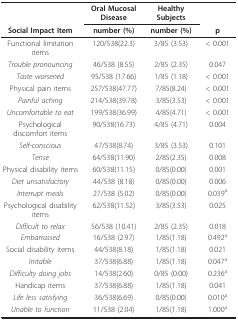
<table><thead><tr><td></td><td><b>Oral Mucosal Disease</b></td><td><b>Healthy Subjects</b></td><td></td></tr><tr><td><b>Social Impact Item</b></td><td><b>number (%)</b></td><td><b>number (%)</b></td><td><b>p</b></td></tr></thead><tbody><tr><td>Functional limitation items</td><td>120/538(22.3)</td><td>3/85 (3.53)</td><td>&lt; 0.001</td></tr><tr><td><i>Trouble pronouncing</i></td><td>46/538 (8.55)</td><td>2/85 (2.35)</td><td>0.047</td></tr><tr><td><i>Taste worsened</i></td><td>95/538 (17.66)</td><td>1/85 (1.18)</td><td>&lt; 0.001</td></tr><tr><td>Physical pain items</td><td>257/538(47.77)</td><td>7/85(8.24)</td><td>&lt; 0.001</td></tr><tr><td><i>Painful aching</i></td><td>214/538(39.78)</td><td>3/85(3.53)</td><td>&lt; 0.001</td></tr><tr><td><i>Uncomfortable to eat</i></td><td>199/538(36.99)</td><td>4/85(4.71)</td><td>&lt; 0.001</td></tr><tr><td>Psychological discomfort items</td><td>90/538(16.73)</td><td>4/85 (4.71)</td><td>0.004</td></tr><tr><td><i>Self-conscious</i></td><td>47/538(8.74)</td><td>3/85 (3.53)</td><td>0.101</td></tr><tr><td><i>Tense</i></td><td>64/538(11.90)</td><td>2/85(2.35)</td><td>0.008</td></tr><tr><td>Physical disability items</td><td>60/538(11.15)</td><td>0/85(0.00)</td><td>0.001</td></tr><tr><td><i>Diet unsatisfactory</i></td><td>44/538 (8.18)</td><td>0/85(0.00)</td><td>0.006</td></tr><tr><td><i>Interrupt meals</i></td><td>27/538 (5.02)</td><td>0/85(0.00)</td><td>0.039<sup>a</sup></td></tr><tr><td>Psychological disability items</td><td>62/538(11.52)</td><td>3/85(3.53)</td><td>0.025</td></tr><tr><td><i>Difficult to relax</i></td><td>56/538 (10.41)</td><td>2/85 (2.35)</td><td>0.018</td></tr><tr><td><i>Embarrassed</i></td><td>16/538 (2.97)</td><td>1/85(1.18)</td><td>0.492<sup>a</sup></td></tr><tr><td>Social disability items</td><td>44/538(8.18)</td><td>1/85(1.18)</td><td>0.021</td></tr><tr><td><i>Irritable</i></td><td>37/538(6.88)</td><td>1/85(1.18)</td><td>0.047<sup>a</sup></td></tr><tr><td><i>Difficulty doing jobs</i></td><td>14/538(2.60)</td><td>0/85 (0.00)</td><td>0.236<sup>a</sup></td></tr><tr><td>Handicap items</td><td>37/538(6.88)</td><td>1/85(1.18)</td><td>0.041</td></tr><tr><td><i>Life less satisfying</i></td><td>36/538(6.69)</td><td>0/85(0.00)</td><td>0.010<sup>a</sup></td></tr><tr><td><i>Unable to function</i></td><td>11/538 (2.04)</td><td>1/85(1.18)</td><td>1.000<sup>a</sup></td></tr></tbody></table>